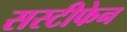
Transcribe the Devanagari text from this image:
सस्टीफेन